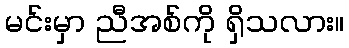
မင်းမှာ ညီအစ်ကို ရှိသလား။